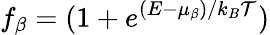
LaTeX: f_{\beta}=(1+e^{(E-\mu_{\beta})/k_{B}\mathcal{T}})